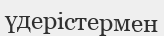
үдерістермен